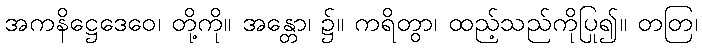
အကနိဋ္ဌေဒေဝေ၊ တို့ကို။ အန္တော၊ ၌။ ကရိတွာ၊ ထည့်သည်ကိုပြု၍။ တတြ၊